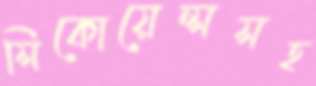
সিকোয়েন্সসহ